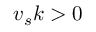
v _ { s } k > 0